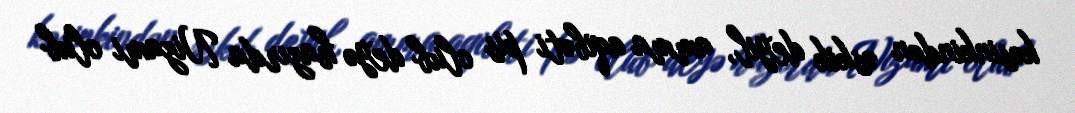
kəsinkindən əskik deyil, amma aqibəti pis olub deyə hazırda Nizami olub